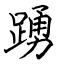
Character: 踴